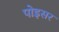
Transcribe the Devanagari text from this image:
पोइसर